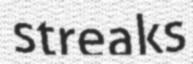
streaks